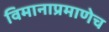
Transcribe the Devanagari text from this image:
विमानाप्रमाणेच